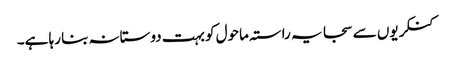
کنکریوں سے سجا یہ راستہ ماحول کو بہت دوستانہ بنا رہا ہے۔